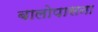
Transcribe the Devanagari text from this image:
बालोपासना